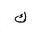
Letter: _kaf